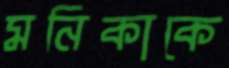
মনিকাকে